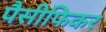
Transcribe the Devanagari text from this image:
पैसीफिकर